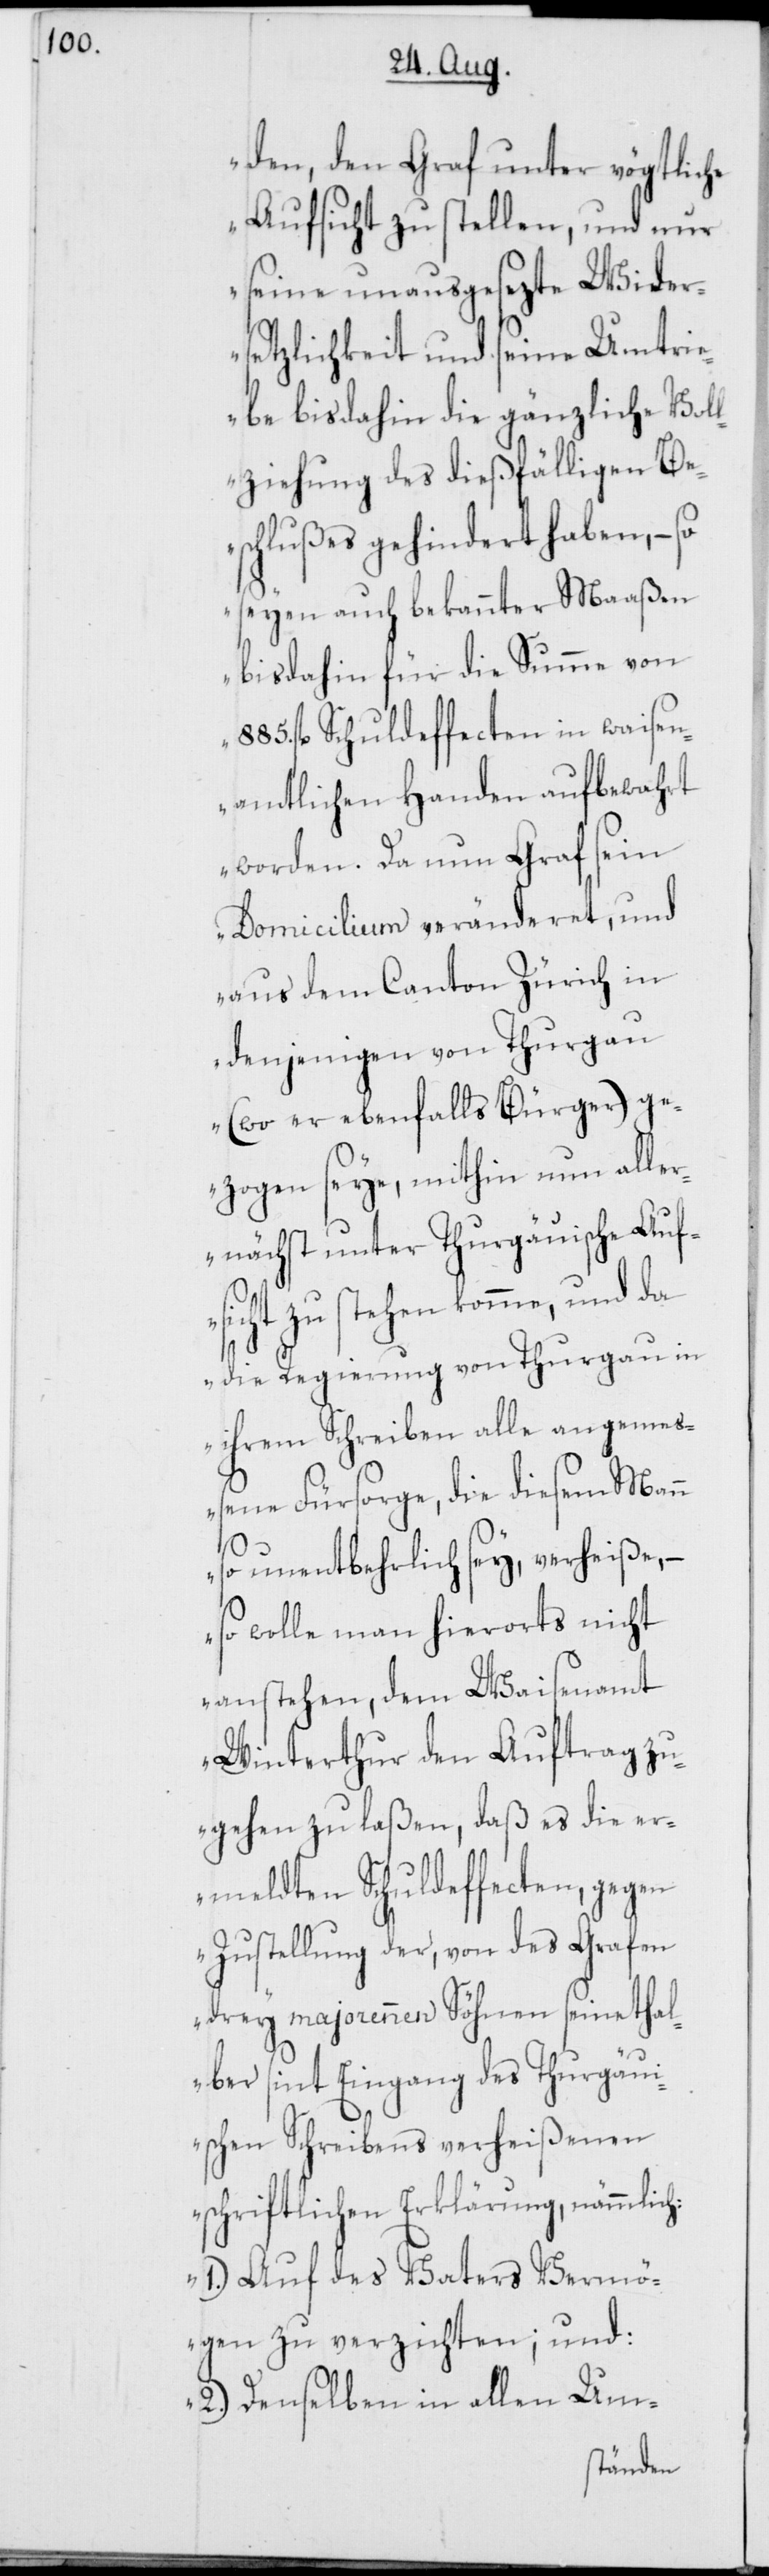
den, den Graf unter vögtliche
Aufsicht zu stellen, und nur
seine unausgesezte Wider¬
setzlichkeit und seine Umtri¬
ebe bisdahin die gänzliche Vol¬
lziehung des dießfälligen Be¬
schlußes gehindert haben, – so
seyen auch bekannter Maaßen
bisdahin für die Summe von
fl. Schuldeffecten in waisen¬
amtlichen Handen aufbewahrt
worden. Da nun Graf sein
Domicilium veränderet, und
aus dem Canton Zürich in
denjenigen von Thurgau
(wo er ebenfalls Bürger) ge¬
zogen seye, mithin nun alle¬
rnächst unter Thurgäuische Auf¬
sicht zu stehen komme, und da
die Regierung von Thurgau in
ihrem Schreiben alle angemeß¬
ene Fürsorge, die diesem Man¬
h:
so unentbehrlich sey, verheiße, –
so wolle man hierorts nicht
anstehen, dem Waisenamt
Winterthur den Auftrag zu¬
gehen zu laßen, daß es die er¬
meldten Schuldeffecten, gegen
Zustellung der, von des Grafen
drey majorennen Söhnen seinethal¬
ber sint Eingang des Thurgäui¬
schen Schreibens verheißenen
schriftlichen Erklärung, nämmlic¬
1.) Auf des Vaters Vermö¬
gen zu verzichten; und:
2.) Denselben in allen Um-